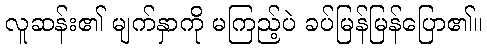
လူဆန်း၏ မျက်နှာကို မကြည့်ပဲ ခပ်မြန်မြန်ပြော၏။